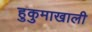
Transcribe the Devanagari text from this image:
हुकुमाखाली